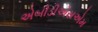
એબીડીએસએમ